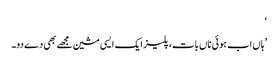
‘
’ہاں اب ہوئی ناں بات، پلیز ایک ایسی مشین مجھے بھی دے دو۔